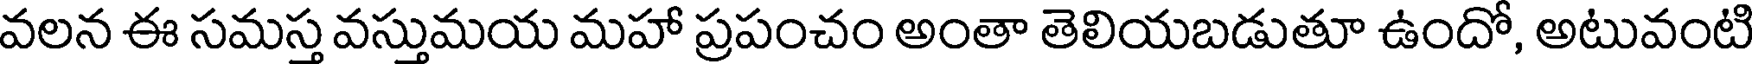
వలన ఈ సమస్త వస్తుమయ మహా ప్రపంచం అంతా తెలియబడుతూ ఉందో, అటువంటి